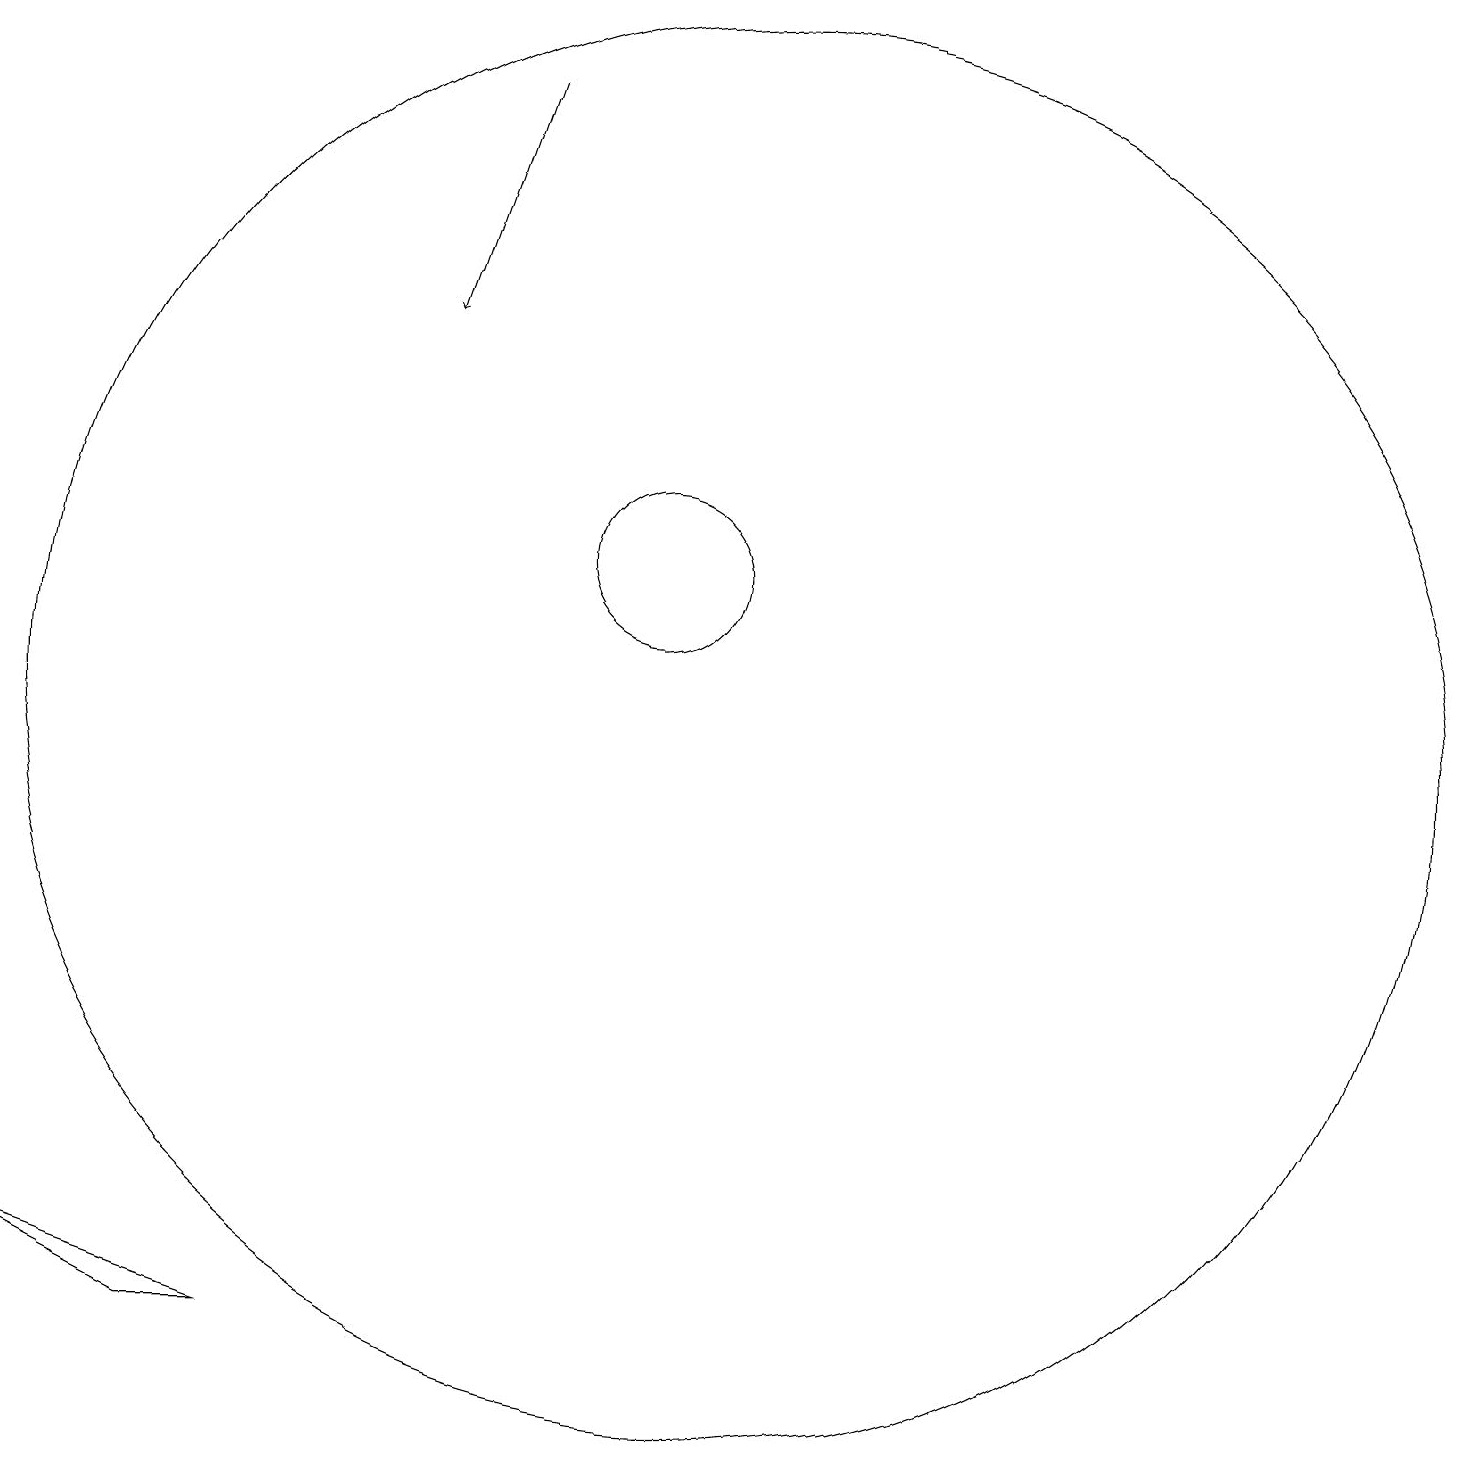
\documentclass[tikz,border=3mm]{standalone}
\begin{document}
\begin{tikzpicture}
\draw (11,10) circle (9);
\draw[->] (8,18) -- (7,15);
\draw (2,3) -- (5,2) -- (4,2) -- cycle;
\draw (10,12) circle (1);
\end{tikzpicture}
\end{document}